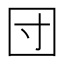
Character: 団